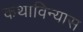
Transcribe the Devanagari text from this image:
कथाविन्यास